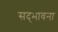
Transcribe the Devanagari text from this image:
सद्‌भावना